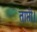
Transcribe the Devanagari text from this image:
ताप्ती।